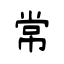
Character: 常